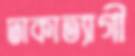
ঢাকাত্যাগী